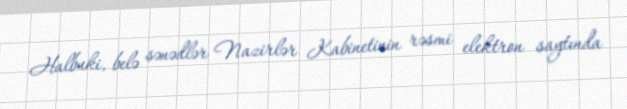
Halbuki, belə sənədlər Nazirlər Kabinetinin rəsmi elektron saytında